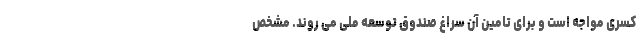
کسری مواجه است و برای تامین آن سراغ صندوق توسعه ملی می روند. مشخص